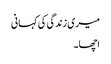
میری زندگی کی کہانی
اچھا۔